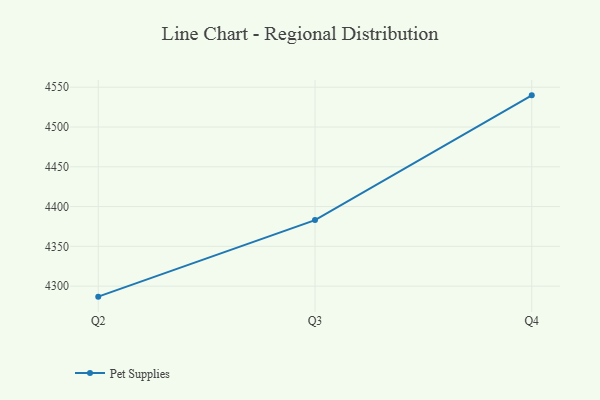
{"axis": {"x": "Quarter", "y": "Bounce Rate (%)"}, "legend": ["Pet Supplies"], "data": [{"x": "Q2", "y": 4286.8, "type": "Pet Supplies"}, {"x": "Q3", "y": 4383.0, "type": "Pet Supplies"}, {"x": "Q4", "y": 4539.8, "type": "Pet Supplies"}]}